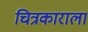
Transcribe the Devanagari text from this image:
चित्रकाराला